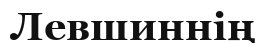
Левшиннің